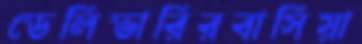
ডেলিভারিরবাসিয়া